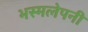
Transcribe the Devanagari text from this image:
भस्मलेपनी